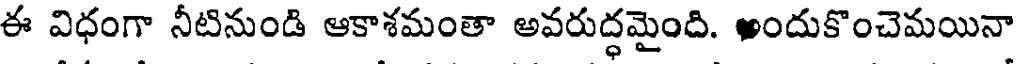
ఈ విధంగా నీటినుండి ఆకాశమంతా అవరుద్ధమైంది. అందుకొంచెమయినా